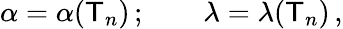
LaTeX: \alpha=\alpha(\mathsf{T}_{n})\, ;\qquad\lambda=\lambda(\mathsf{T}_{n})\, ,